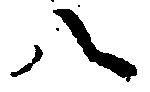
八